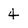
Character: 4